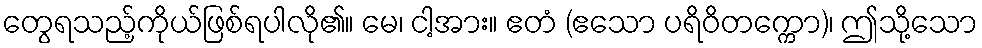
တွေရသည့်ကိုယ်ဖြစ်ရပါလို၏။ မေ၊ ငါ့အား။ ဧတံ (ဧသော ပရိဝိတက္ကော)၊ ဤသို့သော